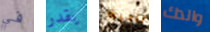
في يقدر ناحية والدك